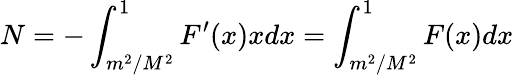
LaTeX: N=-\int_{m^{2}/M^{2}}^{1}F^{\prime}(x)xdx=\int_{m^{2}/M^{2}}^{1}F(x)dx